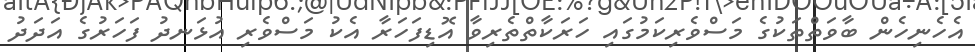
އެހެނިހެން ބާވަތްތަކުގެ މަސްވެރިކަމުގައި ހަރަކާތްތެރިވާ އޮޑިފަހަރާ އެކު މަސްވެރި އުޅަނދު ފަހަރުގެ އަދަދު